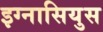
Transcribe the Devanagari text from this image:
इग्नासियुस